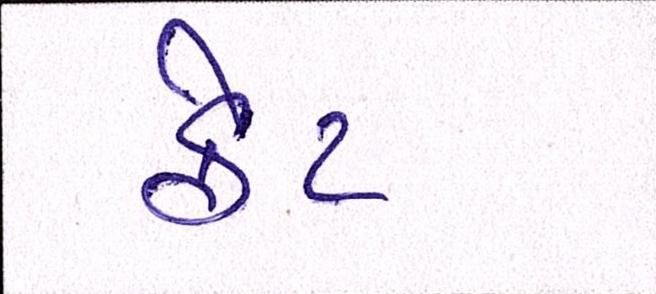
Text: ફેટ